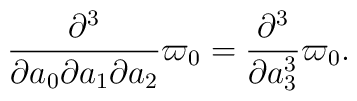
\frac{\partial^3}{\partial a_0\partial a_1\partial a_2}\varpi_0	=\frac{\partial^3}{\partial a_3^3}\varpi_0.